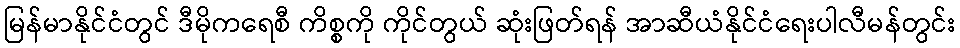
မြန်မာနိုင်ငံတွင် ဒီမိုကရေစီ ကိစ္စကို ကိုင်တွယ် ဆုံးဖြတ်ရန် အာဆီယံနိုင်ငံရေးပါလီမန်တွင်း